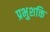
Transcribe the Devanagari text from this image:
प्रभुशक्ति